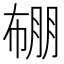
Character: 𭘯